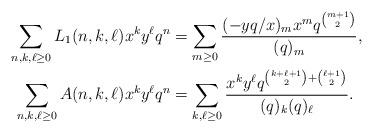
LaTeX: \begin{align*}\sum_{n,k,\ell\ge 0}L_1(n,k,\ell)x^ky^{\ell}q^n &= \sum_{m\ge 0}\frac{(-yq/x)_m x^m q^{\binom{m+1}{2}}}{(q)_m},\\\sum_{n,k,\ell\ge 0}A(n,k,\ell)x^ky^{\ell}q^n &= \sum_{k,\ell\ge 0}\frac{x^k y^{\ell}q^{\binom{k+\ell+1}{2}+\binom{\ell+1}{2}}}{(q)_k(q)_{\ell}}.\end{align*}